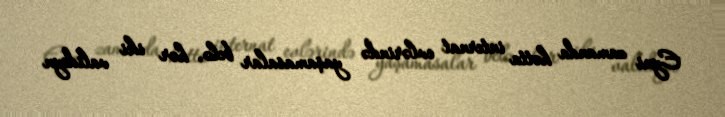
Eyni zamanda hətta internat evlərində yaşamasalar belə, hər iki valideyn